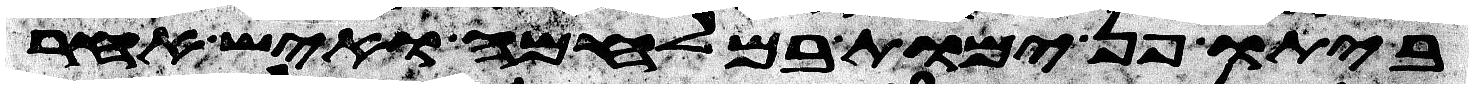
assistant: לביתו פן ימות במלחמה ואיש אחר